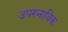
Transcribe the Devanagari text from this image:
उपरनाविक